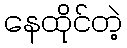
နေထိုင်တဲ့